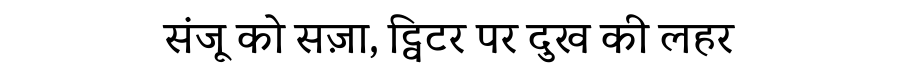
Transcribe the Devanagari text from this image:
संजू को सज़ा, ट्विटर पर दुख की लहर